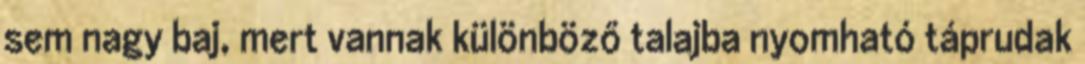
sem nagy baj, mert vannak különböző talajba nyomható táprudak